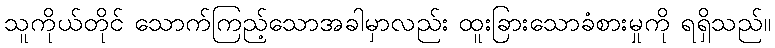
သူကိုယ်တိုင် သောက်ကြည့်သောအခါမှာလည်း ထူးခြားသောခံစားမှုကို ရရှိသည်။